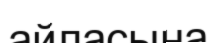
айласына